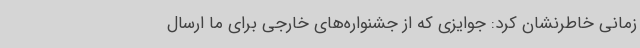
زمانی خاطرنشان کرد: جوایزی که از جشنواره‌های خارجی برای ما ارسال